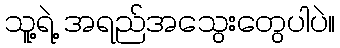
သူ့ရဲ့ အရည်အသွေးတွေပါပဲ။